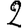
Digit: 2